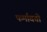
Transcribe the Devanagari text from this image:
फर्मावतो